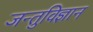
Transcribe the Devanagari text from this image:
जन्तुविज्ञान